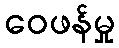
ဝေဖန်မှု